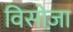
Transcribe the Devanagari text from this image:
विसोज़ा